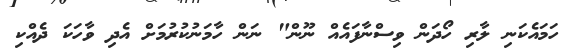
ހަމައެކަނި ލާރި ހޯދަން ވިސްނާފައެއް ނޫން" ނަން ހާމަނުކުރުމަށް އެދި ވާހަކަ ދެއްކި